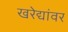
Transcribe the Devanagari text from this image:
खरेद्यांवर